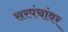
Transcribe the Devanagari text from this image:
सरपंचांवर